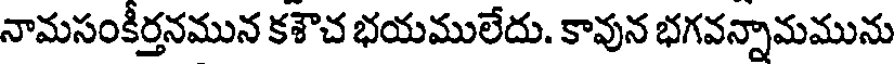
నామసంకీర్తనమున కశౌచ భయములేదు. కావున భగవన్నామమును